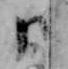
日